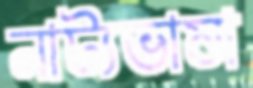
নাট্যভাষা